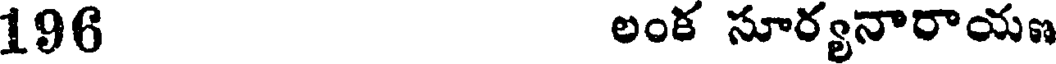
196 లంక సూర్యనారాయ